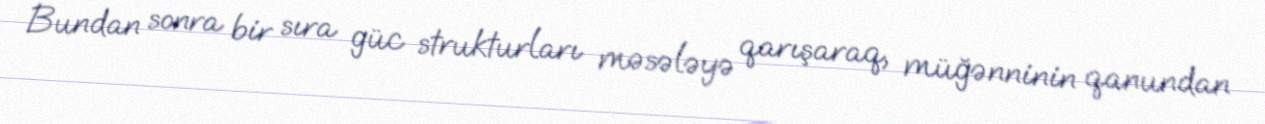
Bundan sonra bir sıra güc strukturları məsələyə qarışaraq, müğənninin qanundan